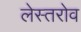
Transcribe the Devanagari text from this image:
लेस्तरोव